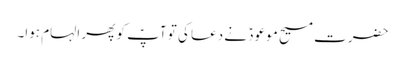
حضرت مسیح موعودؑ نے دعا کی تو آپؑ کو پھر الہام ہوا۔